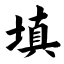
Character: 填